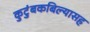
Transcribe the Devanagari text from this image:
कुटुंबकबिल्यासह